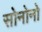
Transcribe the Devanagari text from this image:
सोनोनो